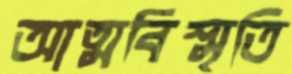
আত্মবিস্মৃতি